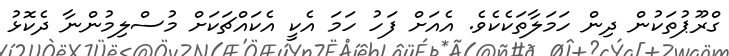
ގްރޫޕުތަކުން ދިން ހަމަލާތަކެކެވެ. އެއަށް ފަހު ހަމަ އެކީ އެކައްޗަކަށް މުސްލިމުންނާ ދެކޮޅު